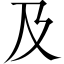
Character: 及